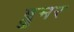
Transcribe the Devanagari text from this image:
ब्लुमर